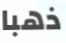
ذهبا